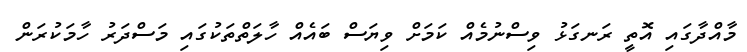
މާއްދާގައި އޮތީ ރަނގަޅު ވިސްނުމެއް ކަމަށް ވިޔަސް ބައެއް ހާލަތްތަކުގައި މަސްދަރު ހާމަކުރަން